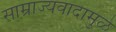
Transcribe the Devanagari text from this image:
साम्राज्यवादामुळे